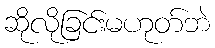
ဆိုလိုခြင်းမဟုတ်ဘဲ